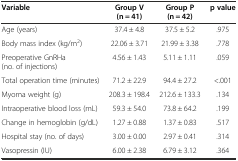
| Variable | Group V (n = 41) | Group P (n = 42) | p value |
 | --- | --- | --- | --- |
 | Age (years) | 37.4 ± 4.8 | 37.5 ± 5.2 | .975 |
 | Body mass index (kg/m2) | 22.06 ± 3.71 | 21.99 ± 3.38 | .778 |
 | Preoperative GnRHa (no. of injections) | 4.56 ± 1.43 | 5.11 ± 1.11 | .059 |
 | Total operation time (minutes) | 71.2 ± 22.9 | 94.4 ± 27.2 | <.001 |
 | Myoma weight (g) | 208.3 ± 198.4 | 212.6 ± 133.3 | .134 |
 | Intraoperative blood loss (mL) | 59.3 ± 54.0 | 73.8 ± 64.2 | .199 |
 | Change in hemoglobin (g/dL) | 1.27 ± 0.88 | 1.37 ± 0.83 | .517 |
 | Hospital stay (no. of days) | 3.00 ± 0.00 | 2.97 ± 0.41 | .314 |
 | Vasopressin (IU) | 6.00 ± 2.38 | 6.79 ± 3.12 | .364 |